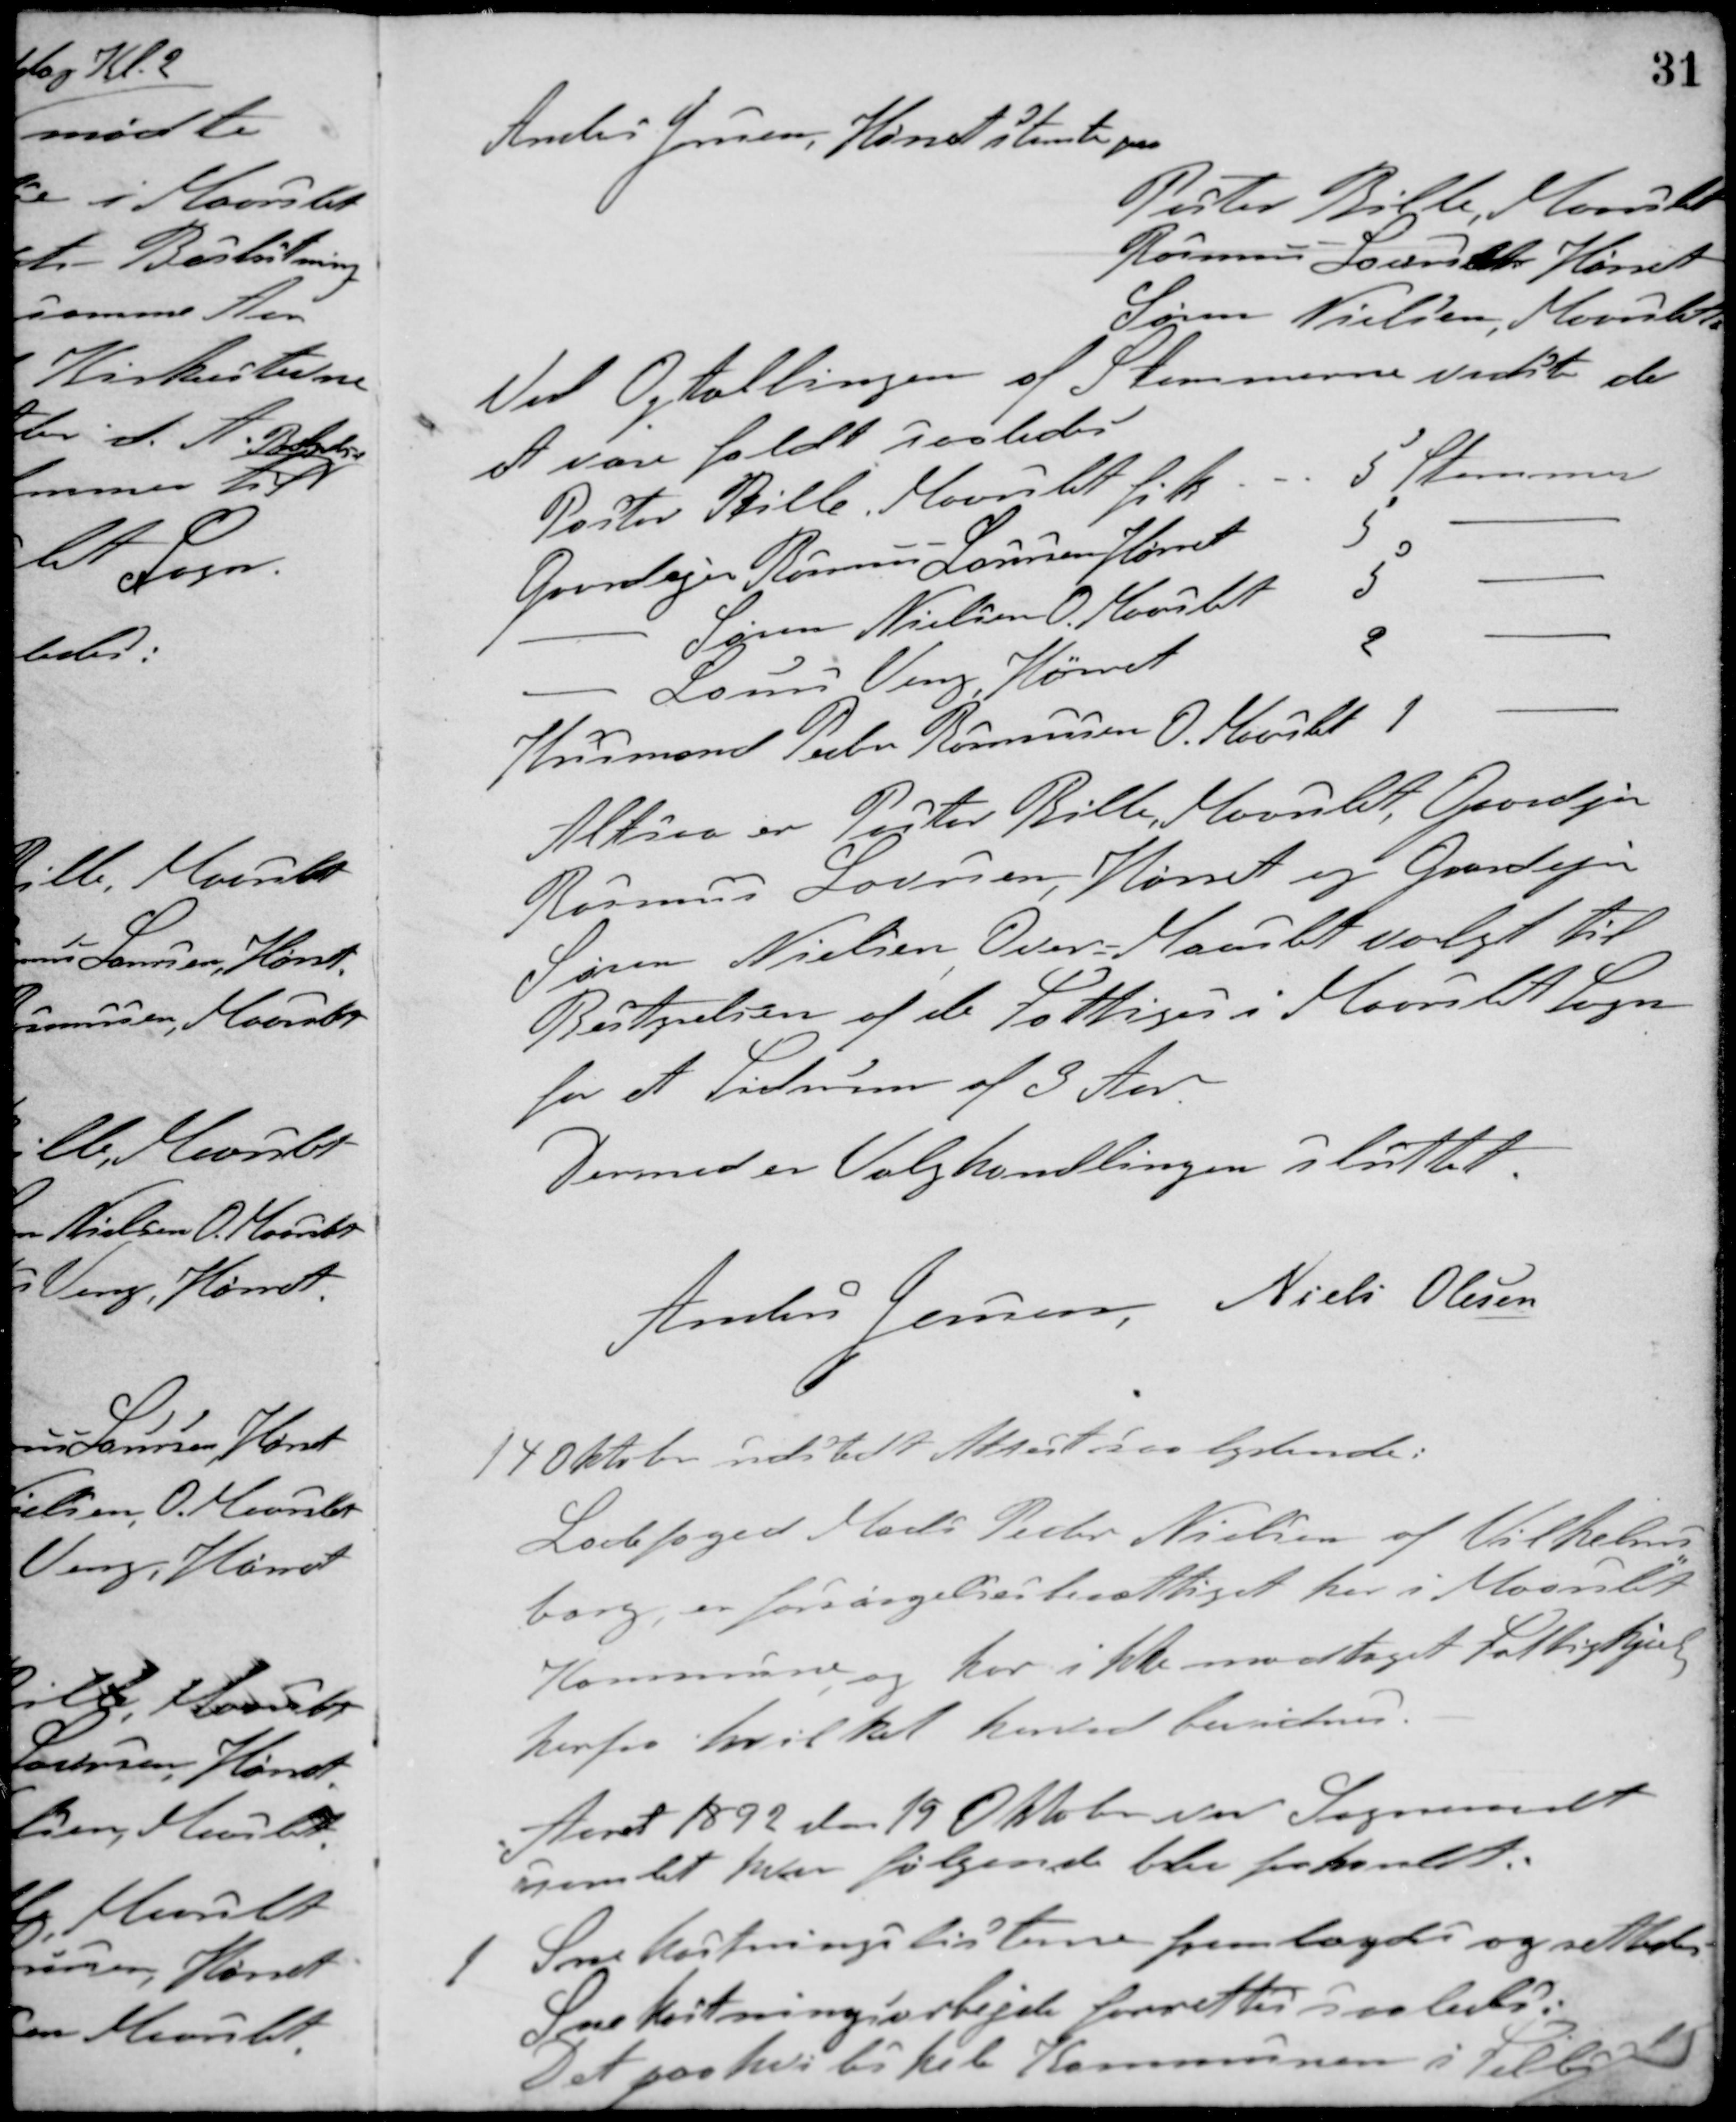
Transskription:
Anders Jensen, Hørret stemte paa
Pastor Bille, Maarslet
Rasmus Laursen, Hørret
Søren Nielsen, Maarslet
Ved Optællingen af Stemmerne vidste de
at være faldt saaledes
Pastor Bille, Maarslet fik
5 Stemmer
Gaardejer Rasmus Laursen Hørret 5 -
- Søren Nielsen, O. Maarslet 5 -
- Laurs Veng, Hørret 2 -
Husmand Peter Rasmussen O. Maarslet 1 -
Altsaa er Pastor Bille, Maarslet, Gaardejer
Rasmus Laursen, Hørret og Gaardejer
Søren Nielsen Over-Maarslet valgt til
Bestyrelsen af de Fattiges i Maarslet Sogn
for et Tidsrum af 3 Aar.
Dermed er Valghandlingen sluttet.
Anders Jensen Niels Olesen
14 Oktober udstedt Attest saalydende:
Ladefoged Mads Peder Nielsen af Vilhelms-
borg, er forsørgelsesberettiget her i Maarslet
Kommune og har ikke modtaget Fattighjælp
herfra hvilket herved bevidnes.
Aaret 1892 den 19 Oktober var Sogneraadet
samlet hvor følgende blev forhandet.
1 Snekastningslisterne fremlagdes og rettedes.
Snekastningsarbejde forrettes saaledes:
Det paahviler hele Kommunen i Tilbud